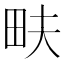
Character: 畉